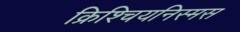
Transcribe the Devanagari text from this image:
क्रिश्चियनिस्मस